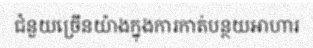
ជំនួយច្រើនយ៉ាងក្នុងការកាត់បន្ថយអាហារ